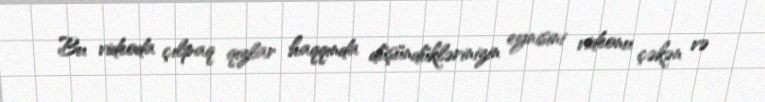
Bu videoda çılpaq qızlar haqqında düşündüklərinizin eynisini videonu çəkən və